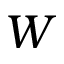
W